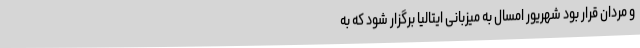
و مردان قرار بود شهریور امسال به میزبانی ایتالیا برگزار شود که به